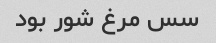
سس مرغ شور بود